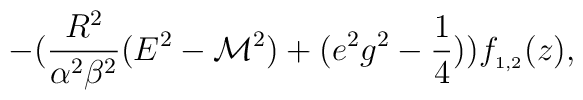
-(\frac{R^2}{\alpha^2 \beta^2}(E^2-{\cal M}^2)+(e^2g^2-\frac{1}{4}))f_{_{1,2}}(z),